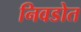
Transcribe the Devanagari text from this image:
निवडोत